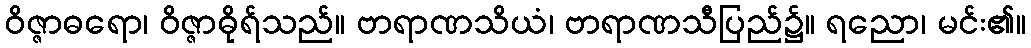
ဝိဇ္ဇာဓရော၊ ဝိဇ္ဇာဓိုရ်သည်။ ဗာရာဏသိယံ၊ ဗာရာဏသီပြည်၌။ ရညော၊ မင်း၏။